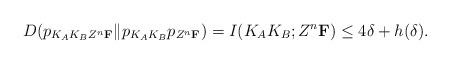
LaTeX: \begin{align*}&D(p_{K_AK_BZ^n\mathbf{F}}\|p_{K_AK_B}p_{Z^n\mathbf{F}})=I(K_AK_B;Z^n\mathbf{F})\leq 4\delta+h(\delta).\end{align*}